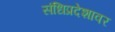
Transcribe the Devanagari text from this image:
संधिप्रदेशावर